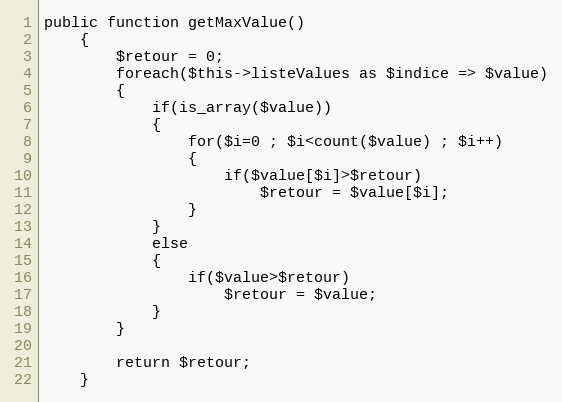
Language: PHP
public function getMaxValue()
	{
		$retour = 0;
		foreach($this->listeValues as $indice => $value)
		{
			if(is_array($value))
			{
				for($i=0 ; $i<count($value) ; $i++)
				{
					if($value[$i]>$retour)
						$retour = $value[$i];
				}
			}
			else
			{
				if($value>$retour)
					$retour = $value;
			}
		}

		return $retour;
	}